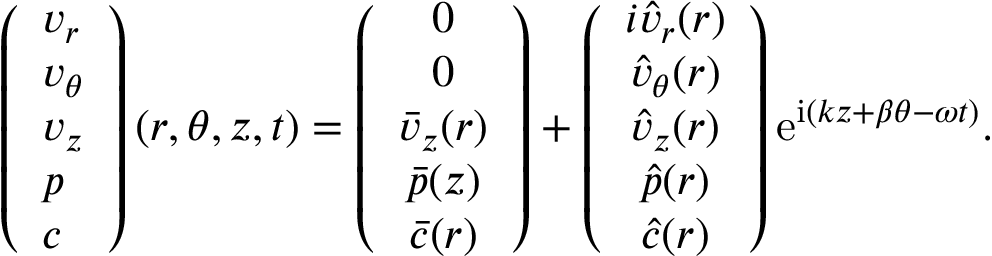
\left( \begin{array} { l } { v _ { r } } \\ { v _ { \theta } } \\ { v _ { z } } \\ { p } \\ { c } \end{array} \right) ( r , \theta , z , t ) = \left( \begin{array} { c } { 0 } \\ { 0 } \\ { \bar { v } _ { z } ( r ) } \\ { \bar { p } ( z ) } \\ { \bar { c } ( r ) } \end{array} \right) + \left( \begin{array} { c } { i \hat { v } _ { r } ( r ) } \\ { \hat { v } _ { \theta } ( r ) } \\ { \hat { v } _ { z } ( r ) } \\ { \hat { p } ( r ) } \\ { \hat { c } ( r ) } \end{array} \right) \mathrm { e } ^ { \mathrm { i } ( k z + \beta \theta - \omega t ) } .